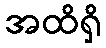
အထိရှိ